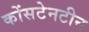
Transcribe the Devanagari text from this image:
कोंसटेनटीन